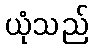
ယုံသည်